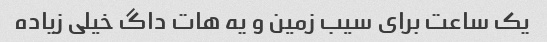
یک ساعت برای سیب زمین و یه هات داگ خیلی زیاده